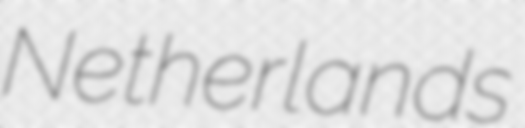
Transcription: Netherlands